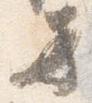
方